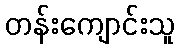
တန်းကျောင်းသူ